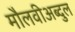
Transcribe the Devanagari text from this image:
मौलवीअब्दुल